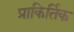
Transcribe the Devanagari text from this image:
प्राकिर्तिक